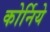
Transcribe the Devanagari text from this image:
कोर्निये